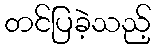
တင်ပြခဲ့သည့်